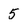
Character: 5